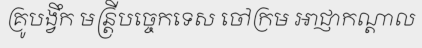
គ្រូបង្វឹក មន្ត្រីបច្ចេកទេស ចៅក្រម អាជ្ញាកណ្តាល